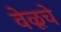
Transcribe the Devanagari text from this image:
वेळूचे